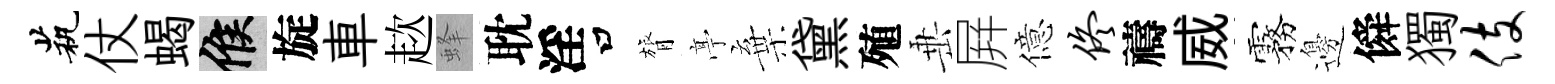
茕仗蝎候旋車趑蜂耽淫口膂𠅘棄黛殖𡸁屛億佟禱威霧邊僢獨伎